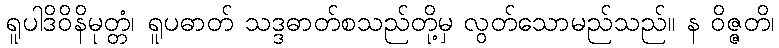
ရူပါဒိဝိနိမုတ္တံ၊ ရူပဓာတ် သဒ္ဒဓာတ်စသည်တို့မှ လွတ်သောမည်သည်။ န ဝိဇ္ဇတိ၊